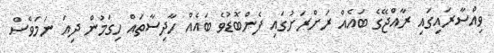
ވިއްސާރައިގައި ރާއްޖޭގެ ބައެއް ރަށްރަށުގައި ފެންބޮޑުވެ ބައެއް ހާދިސާތައް ހިގަމުން ދިއަ ނަމަވެސް